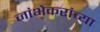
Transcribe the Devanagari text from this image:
जांभेकरांच्या